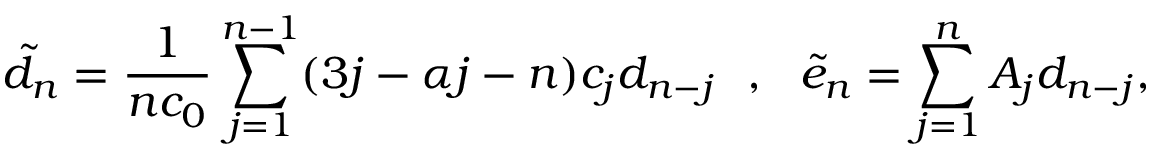
\tilde { d } _ { n } = \frac { 1 } { n c _ { 0 } } \sum _ { j = 1 } ^ { n - 1 } ( 3 j - \alpha j - n ) c _ { j } d _ { n - j } ~ ~ , ~ ~ \tilde { e } _ { n } = \sum _ { j = 1 } ^ { n } A _ { j } d _ { n - j } ,